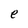
Character: e